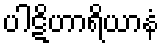
ပါဋိဟာရိယာနံ